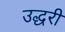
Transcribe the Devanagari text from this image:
उद्धरी